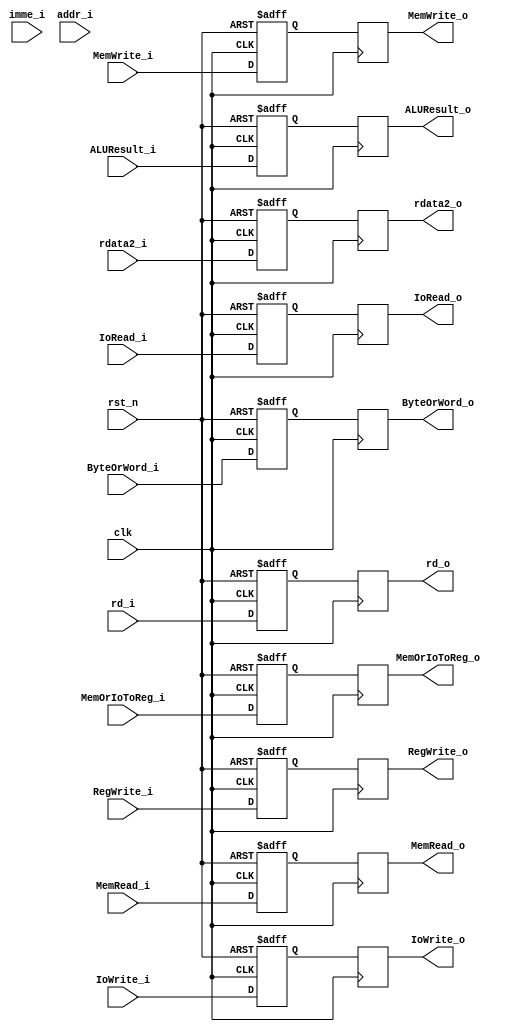
`timescale 1ns / 1ps
//////////////////////////////////////////////////////////////////////////////////
// Company: 
// Engineer: 
// 
// Design Name: 
// Module Name: EXMEM
// Project Name: 
// Target Devices: 
// Tool Versions: 
// Description: 
// 
// Dependencies: 
// 
// Revision:
// Revision 0.01 - File Created
// Additional Comments:
// 
//////////////////////////////////////////////////////////////////////////////////


module EXMEM(
input clk,rst_n,RegWrite_i,MemRead_i,MemWrite_i,MemOrIoToReg_i,IoRead_i,IoWrite_i,
//input Jalr_i,
input [1:0] ByteOrWord_i,
input [31:0] ALUResult_i,imme_i,
input [13:0] addr_i,
input [31:0] rdata2_i,
input [4:0] rd_i,
output reg RegWrite_o,MemRead_o,MemWrite_o,MemOrIoToReg_o,IoRead_o,IoWrite_o,
output reg [31:0] rdata2_o,ALUResult_o,
//output reg [13:0] addr_jump_o,
output reg [4:0] rd_o,
output reg [1:0] ByteOrWord_o
    );
    reg RegWrite,MemRead,MemWrite,MemOrIoToReg,IoRead,IoWrite;
//    reg [13:0] addr_jump;
    reg [31:0] rdata2,ALUResult;
    reg [4:0] rd;
    reg [1:0] ByteOrWord;
    always@(posedge clk or posedge rst_n) begin
        if (rst_n==1'b1)begin
            RegWrite<=1'b0;MemRead<=1'b0;MemWrite<=1'b0;MemOrIoToReg<=1'b0;
            rdata2<=32'b0;ALUResult<=32'b0;
            rd<=4'b0;
            IoRead<=1'b0;IoWrite<=1'b0;
            ByteOrWord<=2'b0;
        end
        else begin
            RegWrite<=RegWrite_i;MemRead<=MemRead_i;MemWrite<=MemWrite_i;MemOrIoToReg<=MemOrIoToReg_i;
            rdata2<=rdata2_i;ALUResult<=ALUResult_i;
            rd<=rd_i;
            IoRead<=IoRead_i;IoWrite<=IoWrite_i;
            ByteOrWord<=ByteOrWord_i;
//            if(Jalr_i==1'b1)begin
//                addr_jump<=ALUResult_i;
//            end else begin
//                addr_jump<=addr_i+imme_i;
//            end 
        end
    end

    always@(negedge clk) begin
        RegWrite_o<=RegWrite;
        MemRead_o<=MemRead;
        MemWrite_o<=MemWrite;
        MemOrIoToReg_o<=MemOrIoToReg;
        rdata2_o<=rdata2;
        ALUResult_o<=ALUResult;
        rd_o<=rd;
        IoRead_o<=IoRead;
        IoWrite_o<=IoWrite;
        ByteOrWord_o<=ByteOrWord;
    end
endmodule